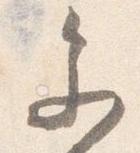
参